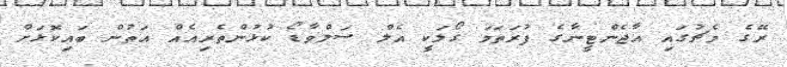
ރޭގެ މެޗުގައި އާޖެންޓީނާގެ ފުރަތަމަ ގޯލަކީ އެލް ސަލްވާޑޯ ކުޅުންތެރިއެއް އަތުން ބައިކޮޅަށް